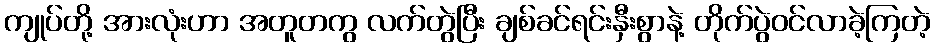
ကျုပ်တို့ အားလုံးဟာ အတူတကွ လက်တွဲပြီး ချစ်ခင်ရင်းနှီးစွာနဲ့ တိုက်ပွဲဝင်လာခဲ့ကြတဲ့